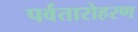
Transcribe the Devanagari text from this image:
पर्वतारोहरण